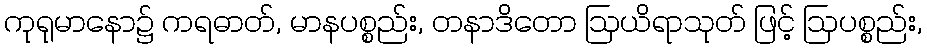
ကုရုမာနော၌ ကရဓာတ်, မာနပစ္စည်း, တနာဒိတော ဩယိရာသုတ် ဖြင့် ဩပစ္စည်း,